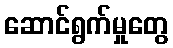
ဆောင်ရွက်မှုတွေ